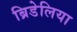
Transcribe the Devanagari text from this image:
ब्रिडेलिया